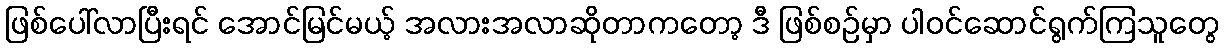
ဖြစ်ပေါ်လာပြီးရင် အောင်မြင်မယ့် အလားအလာဆိုတာကတော့ ဒီ ဖြစ်စဉ်မှာ ပါဝင်ဆောင်ရွက်ကြသူတွေ